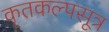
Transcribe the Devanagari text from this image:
कृतकल्पसूत्र